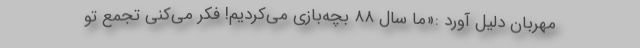
مهربان دلیل آورد :«ما سال ۸۸ بچه‌بازی می‌کردیم! فکر می‌کنی تجمع تو